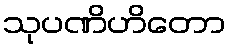
သုပဏိဟိတော